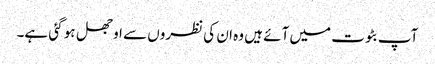
آپ بٹوت میں آئے ہیں وہ ان کی نظروں سے اوجھل ہو گئی ہے۔